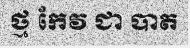
ថ្ម កែវ ជា បាត